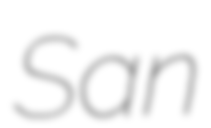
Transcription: San